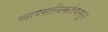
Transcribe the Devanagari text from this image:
व्यावसायिकतेपासून